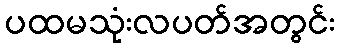
ပထမသုံးလပတ်အတွင်း